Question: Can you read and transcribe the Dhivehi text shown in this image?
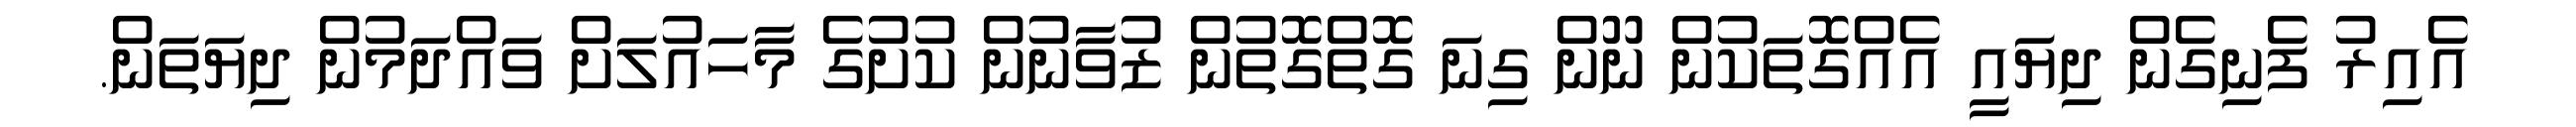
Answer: އެއިރު ފެނިގެން ދިޔައީ އެއްގޮތަކުން ނޫން ގިނަ ގޮތްގޮތުން ޒުވާނުން ކުށުގެ މާހައުލަށް ވައްދަމުން ދިޔަތަން.